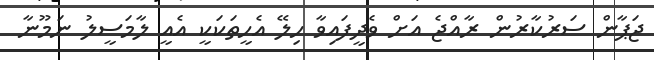
ޖަޕާން ސަރުކާރުން ރާއްޖެ އަށް ވެދީފައިވާ ހިލޭ އެހީތަކަކީ އެއީ ލާމަސީލު ނަމޫނާ